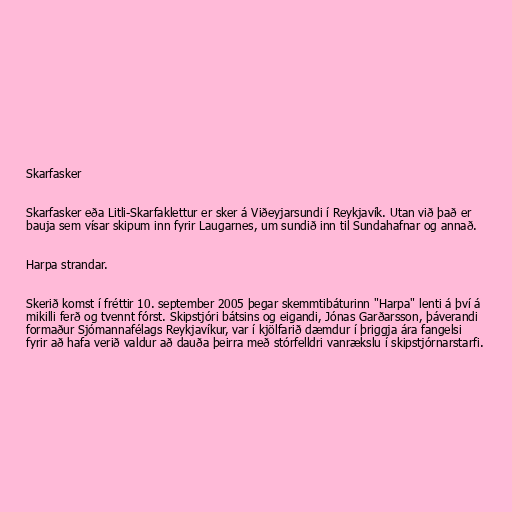
Skarfasker

Skarfasker eða Litli-Skarfaklettur er sker á Viðeyjarsundi í Reykjavík. Utan við það er
bauja sem vísar skipum inn fyrir Laugarnes, um sundið inn til Sundahafnar og annað.

Harpa strandar.

Skerið komst í fréttir 10. september 2005 þegar skemmtibáturinn "Harpa" lenti á því á
mikilli ferð og tvennt fórst. Skipstjóri bátsins og eigandi, Jónas Garðarsson, þáverandi
formaður Sjómannafélags Reykjavíkur, var í kjölfarið dæmdur í þriggja ára fangelsi
fyrir að hafa verið valdur að dauða þeirra með stórfelldri vanrækslu í skipstjórnarstarfi.